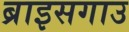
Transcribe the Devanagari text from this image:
ब्राइसगाउ